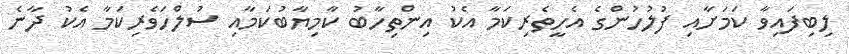
ލިބިފައިވާ ކަމަށާއި ފުލުހުންގެ އެހީތެރިކަމާ އެކު އިންތިހާބު ކާމިޔާބުކަމާއި ސުލްހަވެރިކަމާ އެކު ދާނެ